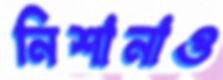
নিশানাও